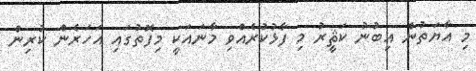
މި އާޔަތުން އިބުނު ކަޘީރު މި ފާޅުކުރެއްވި މާނައަކީ މިފޮތުގައި އަހަރެން ކުރިން